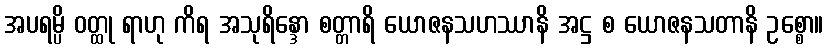
အပရမ္ပိ ဝတ္ထု ရာဟု ကိရ အသုရိန္ဒော စတ္တာရိ ယောဇနသဟဿာနိ အဋ္ဌ စ ယောဇနသတာနိ ဥစ္စော။